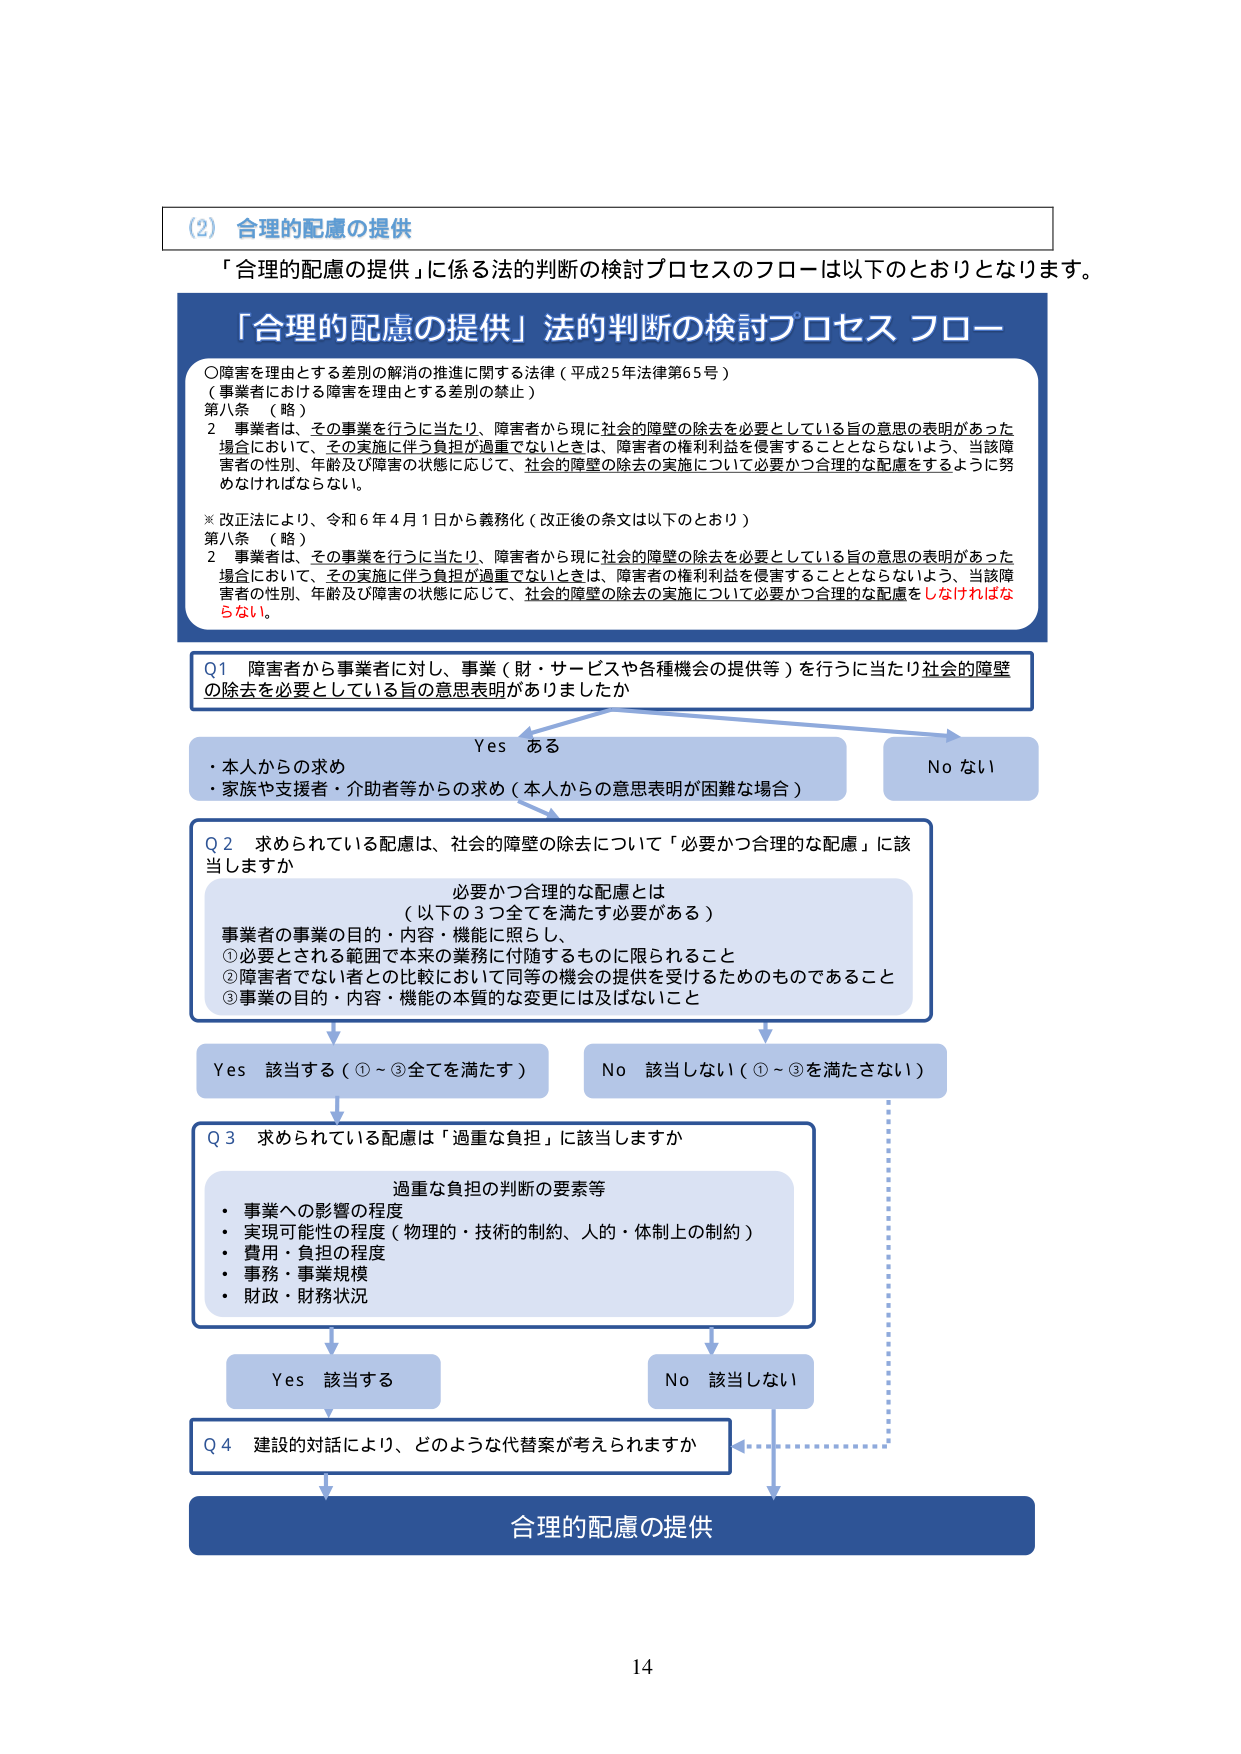
(2) 合理的配慮の提供
「合理的配慮の提供」に係る法的判断の検討プロセスのフローは以下のとおりとなります。

「合理的配慮の提供」法的判断の検討プロセス フロー

○障害を理由とする差別の解消の推進に関する法律（平成25年法律第65号）
（事業者における障害を理由とする差別の禁止）
第八条 （略）
　2 事業者は、その事業を行うに当たり、障害者から現に社会的障壁の除去を必要としている旨の意思の表明があった場合において、その実施に伴う負担が過重でないときは、障害者の権利利益を侵害することとならないよう、当該障害者の性別、年齢及び障害の状態に応じて、社会的障壁の除去の実施について必要かつ合理的な配慮をするように努めなければならない。

※改正法により、令和6年4月1日から義務化（改正後の条文は以下のとおり）
第八条 （略）
　2 事業者は、その事業を行うに当たり、障害者から現に社会的障壁の除去を必要としている旨の意思の表明があった場合において、その実施に伴う負担が過重でないときは、障害者の権利利益を侵害することとならないよう、当該障害者の性別、年齢及び障害の状態に応じて、社会的障壁の除去の実施について必要かつ合理的な配慮をしなければならない。

Q1 障害者から事業者に対し、事業（財・サービスや各種機会の提供等）を行うに当たり社会的障壁の除去を必要としている旨の意思表明がありましたか

　Yes ある
　・本人からの求め
　・家族や支援者・介助者等からの求め（本人からの意思表明が困難な場合）

　No ない

Q2 求められている配慮は、社会的障壁の除去について「必要かつ合理的な配慮」に該当しますか

　必要かつ合理的な配慮とは
　（以下の3つ全てを満たす必要がある）
　事業者の事業の目的・内容・機能に照らし、
　①必要とされる範囲で本来の業務に付随するものに限られること
　②障害者でない者との比較において同等の機会の提供を受けるためのものであること
　③事業の目的・内容・機能の本質的な変更には及ばないこと

　Yes 該当する（①～③全てを満たす）
　No 該当しない（①～③を満たさない）

Q3 求められている配慮は「過重な負担」に該当しますか

　過重な負担の判断の要素等
　・事業への影響の程度
　・実現可能性の程度（物理的・技術的制約、人的・体制上の制約）
　・費用・負担の程度
　・事務・事業規模
　・財政・財務状況

　Yes 該当する
　No 該当しない

Q4 建設的対話により、どのような代替案が考えられますか

合理的配慮の提供

14